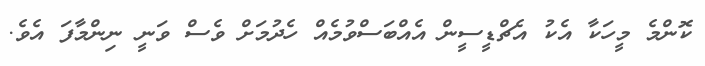
ކޮންމެ މީހަކާ އެކު އެޗްޑީސީން އެއްބަސްވުމެއް ހެދުމަށް ވެސް ވަނީ ނިންމާފަ އެވެ.